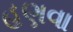
હણવા